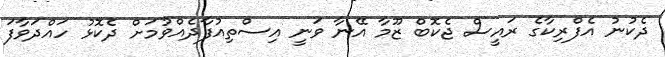
ދެކުނު އެފްރިކާގެ ރައީސް ޖެކޮބް ޒޫމާ އޭނާ ވަނީ އިސްތިއުފާދެއްވުމަށް ދެކޮޅު ހައްދަވާފަ